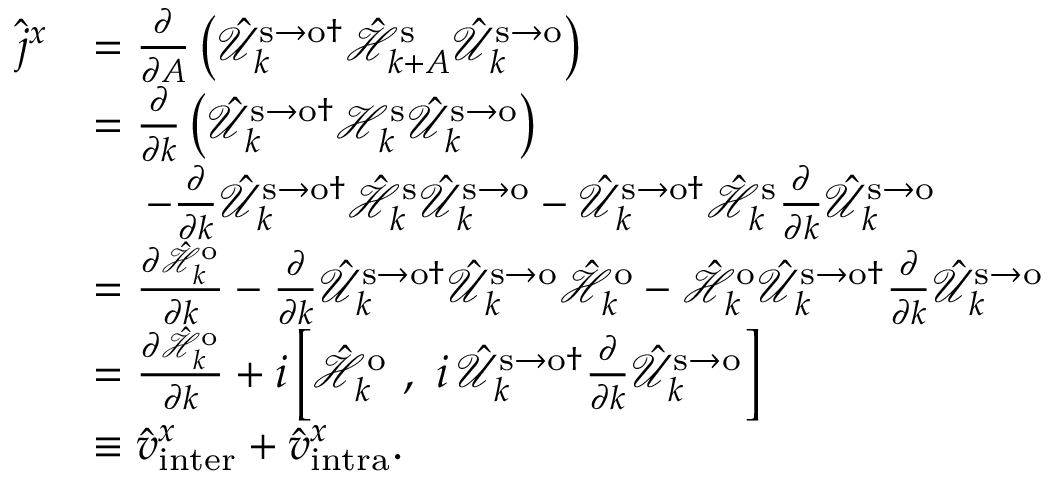
\begin{array} { r l } { \hat { j } ^ { x } } & { = \frac { \partial } { \partial A } \left( \hat { \mathcal { U } } _ { k } ^ { \mathrm { s } \to \mathrm { o } \dagger } \hat { \mathcal { H } } _ { k + A } ^ { \mathrm { s } } \hat { \mathcal { U } } _ { k } ^ { \mathrm { s } \to \mathrm { o } } \right) } \\ & { = \frac { \partial } { \partial k } \left( \hat { \mathcal { U } } _ { k } ^ { \mathrm { s } \to \mathrm { o } \dagger } \mathcal { H } _ { k } ^ { \mathrm { s } } \hat { \mathcal { U } } _ { k } ^ { \mathrm { s } \to \mathrm { o } } \right) } \\ & { \, \, \, \, \, \, \, - \frac { \partial } { \partial k } \hat { \mathcal { U } } _ { k } ^ { \mathrm { s } \to \mathrm { o } \dagger } \hat { \mathcal { H } } _ { k } ^ { \mathrm { s } } \hat { \mathcal { U } } _ { k } ^ { \mathrm { s } \to \mathrm { o } } - \hat { \mathcal { U } } _ { k } ^ { \mathrm { s } \to \mathrm { o } \dagger } \hat { \mathcal { H } } _ { k } ^ { \mathrm { s } } \frac { \partial } { \partial k } \hat { \mathcal { U } } _ { k } ^ { \mathrm { s } \to \mathrm { o } } } \\ & { = \frac { \partial \hat { \mathcal { H } } _ { k } ^ { \mathrm { o } } } { \partial k } - \frac { \partial } { \partial k } \hat { \mathcal { U } } _ { k } ^ { \mathrm { s } \to \mathrm { o } \dagger } \hat { \mathcal { U } } _ { k } ^ { \mathrm { s } \to \mathrm { o } } \hat { \mathcal { H } } _ { k } ^ { \mathrm { o } } - \hat { \mathcal { H } } _ { k } ^ { \mathrm { o } } \hat { \mathcal { U } } _ { k } ^ { \mathrm { s } \to \mathrm { o } \dagger } \frac { \partial } { \partial k } \hat { \mathcal { U } } _ { k } ^ { \mathrm { s } \to \mathrm { o } } } \\ & { = \frac { \partial \hat { \mathcal { H } } _ { k } ^ { \mathrm { o } } } { \partial k } + i \left[ \hat { \mathcal { H } } _ { k } ^ { \mathrm { o } } \, \, , \, \, i \, \hat { \mathcal { U } } _ { k } ^ { \mathrm { s } \to \mathrm { o } \dagger } \frac { \partial } { \partial k } \hat { \mathcal { U } } _ { k } ^ { \mathrm { s } \to \mathrm { o } } \right] } \\ & { \equiv \hat { v } _ { \mathrm { i n t e r } } ^ { x } + \hat { v } _ { \mathrm { i n t r a } } ^ { x } \mathrm { . } } \end{array}